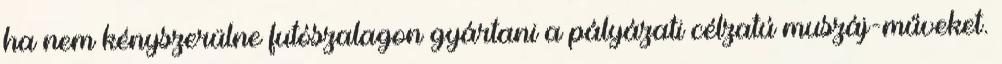
ha nem kényszerülne futószalagon gyártani a pályázati célzatú muszáj-műveket.